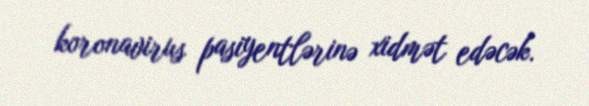
koronavirus pasiyentlərinə xidmət edəcək.